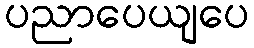
ပညာပေယျပေ